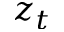
z _ { t }